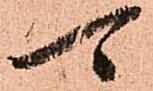
可